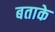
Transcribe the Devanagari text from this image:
बताके